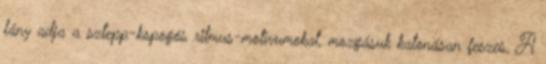
lány adja a sztepp-kopogós ritmus-motívumokat, mozgásuk katonásan feszes, A